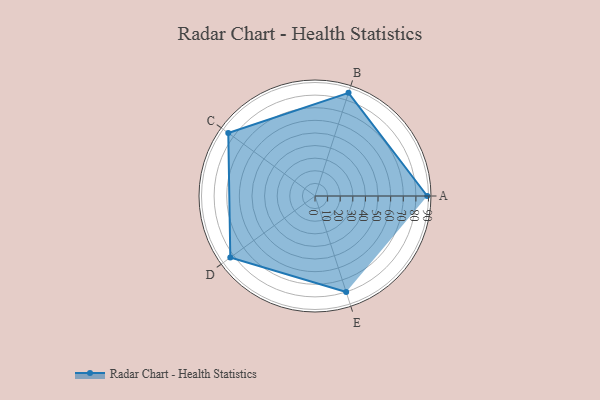
{"axis": {"x": "Skill", "y": "Score"}, "legend": ["Profile"], "data": [{"x": "A", "y": 89.0, "type": "Profile"}, {"x": "B", "y": 86.0, "type": "Profile"}, {"x": "C", "y": 85.0, "type": "Profile"}, {"x": "D", "y": 83.0, "type": "Profile"}, {"x": "E", "y": 80.0, "type": "Profile"}]}